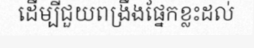
ដើម្បីជួយពង្រឹងផ្នែកខ្លះដល់